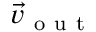
\vec { v } _ { \mathrm { ~ o ~ u ~ t ~ } }